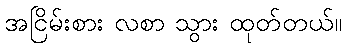
အငြိမ်းစား လစာ သွား ထုတ်တယ်။